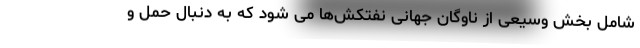
شامل بخش وسیعی از ناوگان جهانی نفتکش‌ها می شود که به دنبال حمل و